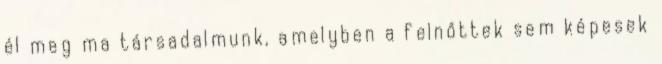
él meg ma társadalmunk, amelyben a felnőttek sem képesek